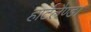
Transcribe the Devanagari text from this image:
हार्टलैण्ड।